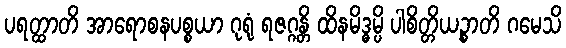
ပရတ္ထာတိ အာရောစနပစ္စယာ ဂုရုံ ရဇဂ္ဂန္တိ ထိနမိဒ္ဓမ္ပိ ပါစိတ္တိယဉ္စာတိ ဂမေသိ